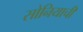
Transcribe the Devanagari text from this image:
सोनियाची